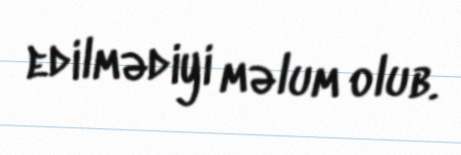
edilmədiyi məlum olub.